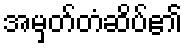
အမှတ်တံဆိပ်၏